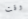
وقت